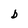
Character: b